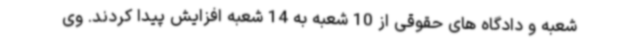
شعبه و دادگاه های حقوقی از 10 شعبه به 14 شعبه افزایش پیدا کردند. وی